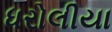
ધરોલીયા